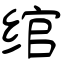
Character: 绾